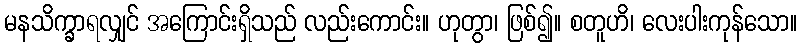
မနသိက္ခာရလျှင် အကြောင်းရှိသည် လည်းကောင်း။ ဟုတွာ၊ ဖြစ်၍။ စတူဟိ၊ လေးပါးကုန်သော။